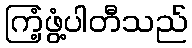
ကြံ့ဖွံ့ပါတီသည်